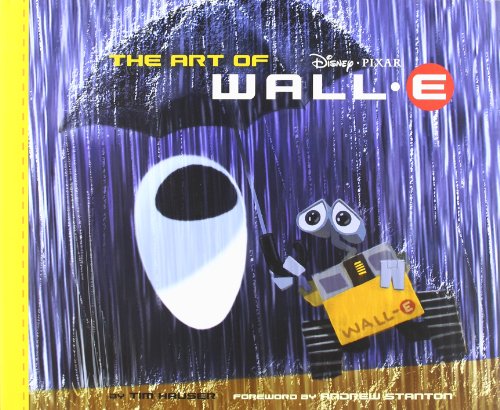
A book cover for The Art of WALL.E; Tim Hauser; Humor & Entertainment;